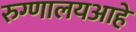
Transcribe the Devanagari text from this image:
रुग्णालयआहे